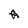
Character: A